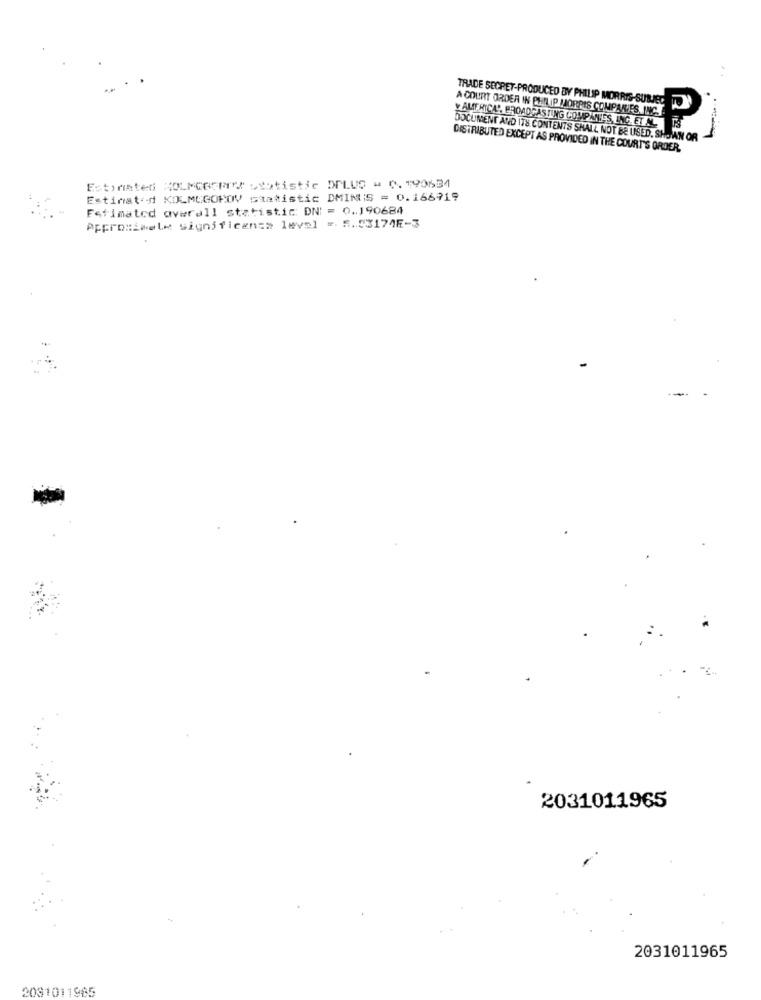
A COURT ORDER IN PHILIP MORRIS COMPANIES INC.
TRADE SECRET-PRODUCED BY PHILIP MORRIS-SUBES TO
Y AMERICA", BROADCASTING COMPANIES, INC. ET M. TS
DOCUMENT AND ITS CONTENTS SHALL NOT BE USED. SHOWN OR
DISTRIBUTED EXCEPT AS PROVIDED IN THE COURT'S ORDER.
Estirinted NOLMCGGPS statistic DPLUS - 0. 190634
Estimated KOLMEGOROV statistic DMIMIS = 0.166919
Estimated overall statistic: DNI = 0.190684
Approximele significance level =. 5.53174E-3
2031011965
2031011965
2081011985